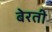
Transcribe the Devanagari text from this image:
बेरती